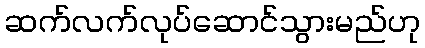
ဆက်လက်လုပ်ဆောင်သွားမည်ဟု